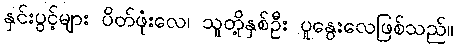
နှင်းပွင့်များ ပိတ်ဖုံးလေ၊ သူတို့နှစ်ဦး ပူနွေးလေဖြစ်သည်။